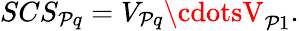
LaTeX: SCS_{\mathcal{P}q}=V_{\mathcal{P}q}\cdotsV_{\mathcal{P}1}.